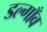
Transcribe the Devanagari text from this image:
डल्गाँव